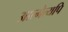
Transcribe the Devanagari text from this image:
आत्मेत्यपि